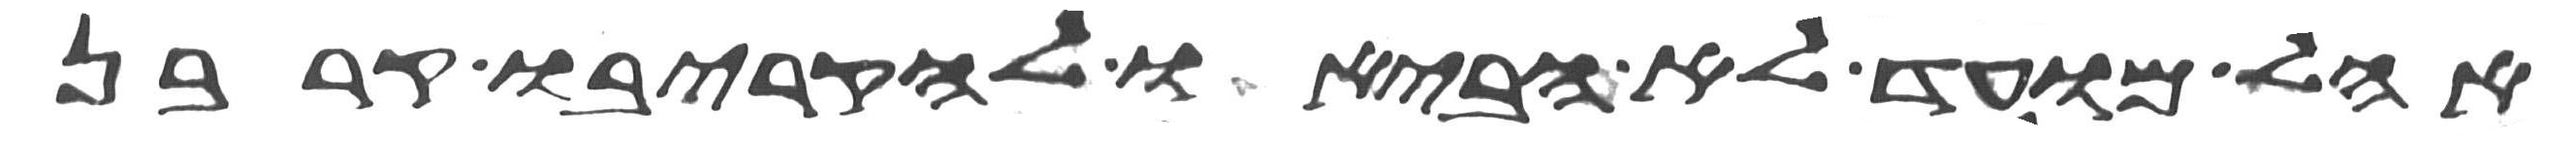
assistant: אהל מועד לא הביאו להקריבו קרבן